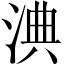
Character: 淟